Vaccination in Burma 1920-1933 - 1920-1933
Year: 1920
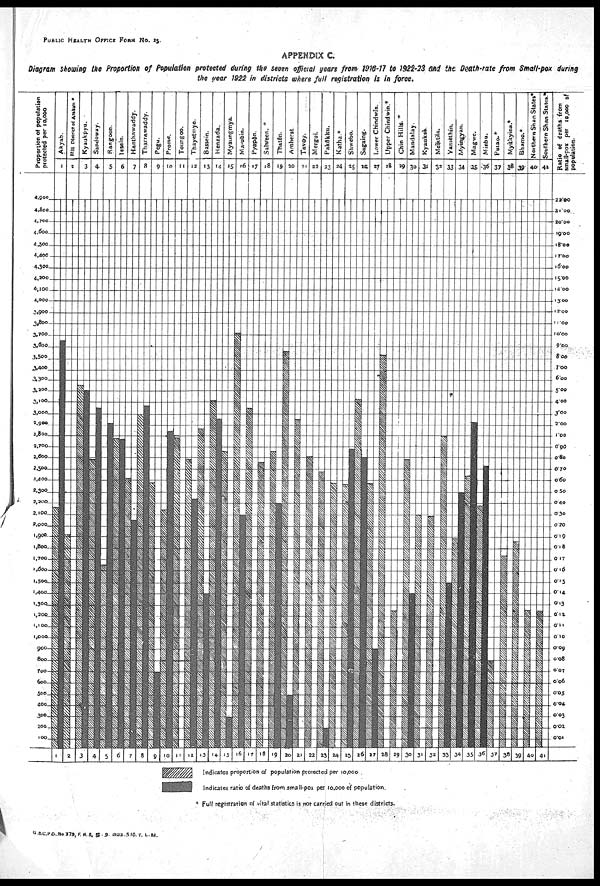
PUBLIC HEALTH OFFICE FROM No. 25.
APPENDIX C.
Diagram showing the Proportion of Population protected during the seven official years from 1918-17 to 1922-23 and the Death-rate from Small-pox during
the year 1922 in districts where full registration is in force.
* Full registration of vital statistics is not carried out in these districts.
G.B.C.P.O. No 379, F.R.S, 5-9- 1923-510. T. L. M.